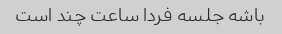
باشه جلسه فردا ساعت چند است